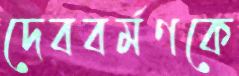
দেববর্মণকে